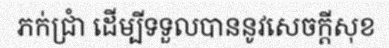
ភក់ជ្រាំ ដើម្បីទទួលបាននូវសេចក្តីសុខ